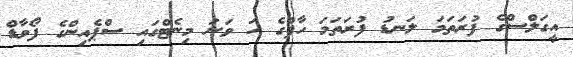
އީގަލްސްގެ ފުރަތަމަ ލަނޑު ފުރަތަމަ ހާފްގެ ހަ ވަނަ މިނެޓްގައި ސްޕެއިންގެ ފޯވާޑް